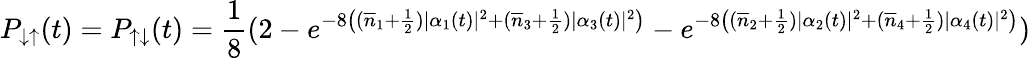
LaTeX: P_{\downarrow\uparrow}(t)=P_{\uparrow\downarrow}(t)=\frac{1}{8}(2-e^{-8\left((\overline{{n}}_{1}+\frac{1}{2})|\alpha_{1}(t)|^{2}+(\overline{{n}}_{3}+\frac{1}{2})|\alpha_{3}(t)|^{2}\right)}-e^{-8\left((\overline{{n}}_{2}+\frac{1}{2})|\alpha_{2}(t)|^{2}+(\overline{{n}}_{4}+\frac{1}{2})|\alpha_{4}(t)|^{2}\right)})